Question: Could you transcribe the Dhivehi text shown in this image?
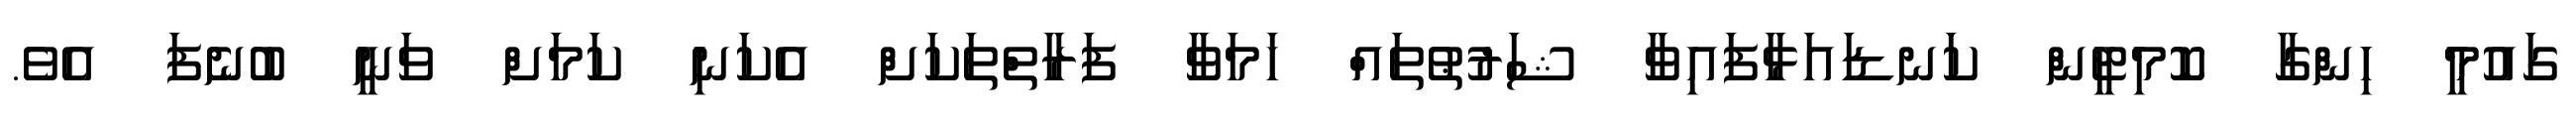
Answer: ގައުމީ ހިންގާ ކޮމިޓީން ކަނޑައަޅާފައިވާ ޝަރުޠުތައް ހަމަވާ ފަރާތްތަކަށް އެކަނި ކަމަށް ވަނީ ބުނެފަ އެވެ.